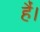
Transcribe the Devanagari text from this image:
हैं।